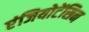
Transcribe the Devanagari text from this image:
एंजियोटेंसिन